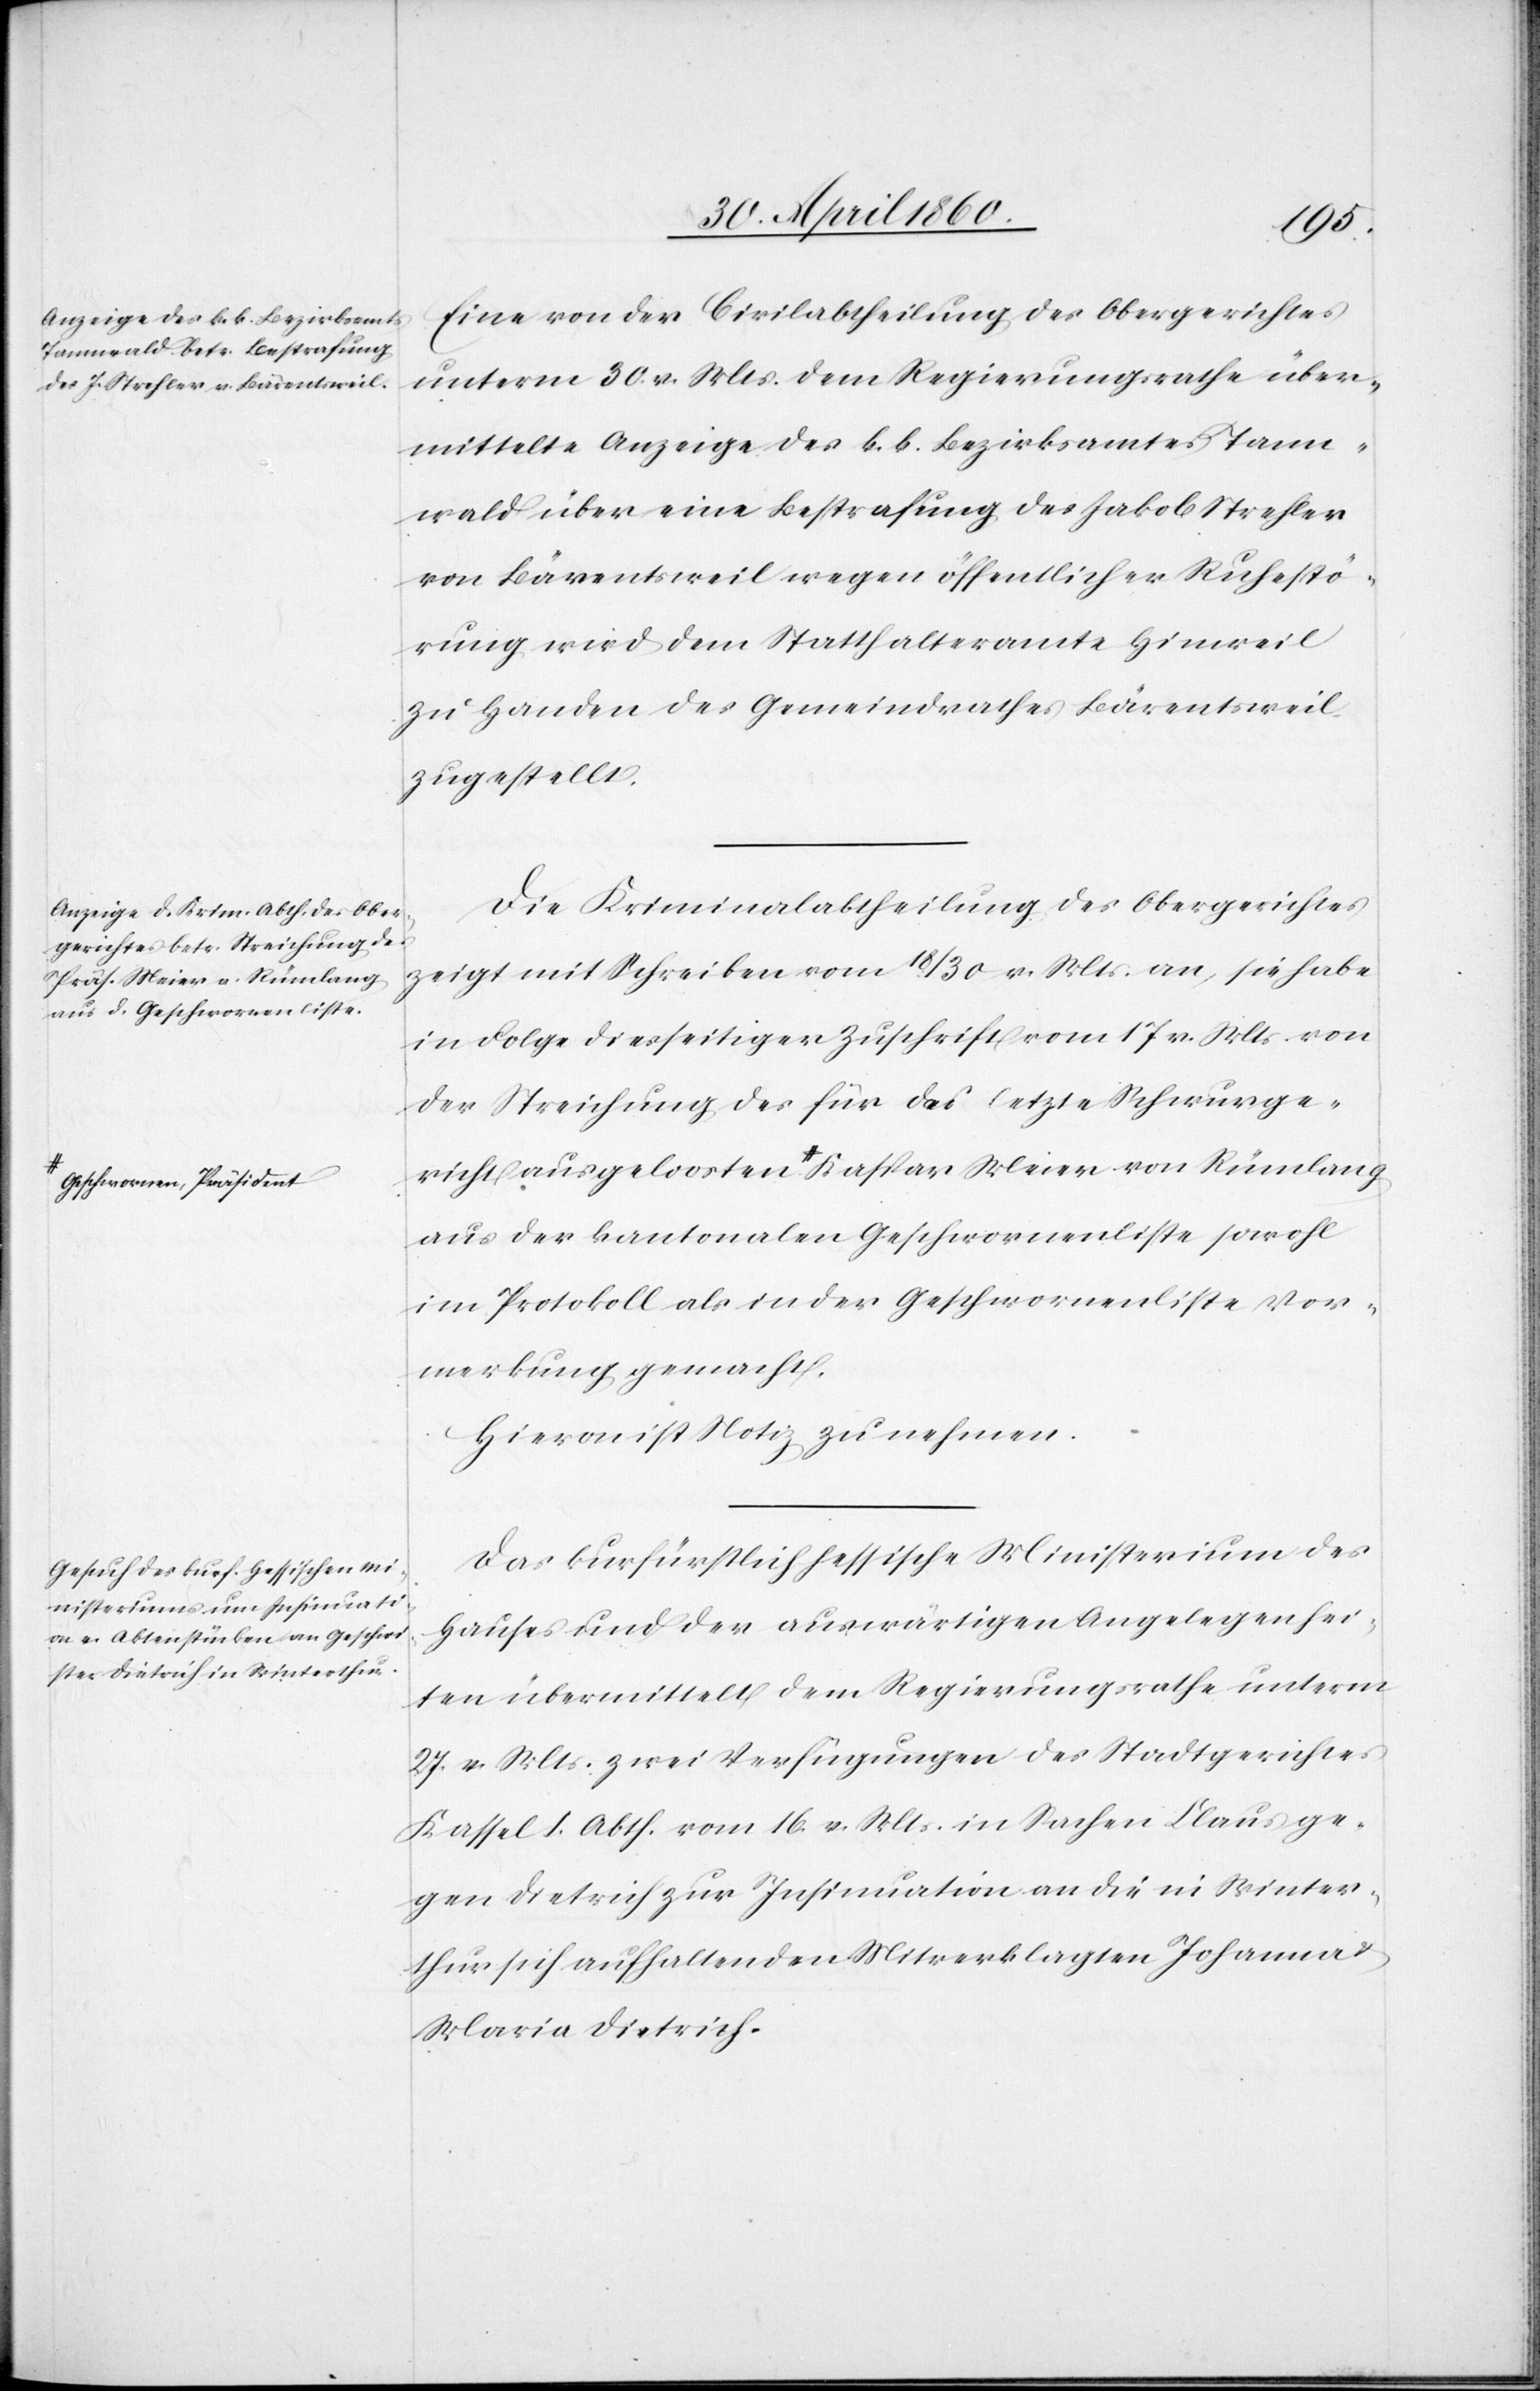
2. Mai 1860.]
Eine von der Civilabtheilung des Obergerichtes
unterm 30. v. Mts. dem Regierungsrathe über¬
mittelte Anzeige des k. k. Bezirksamtes Tann¬
wald über eine Bestrafung des Jakob Strehler
von Bärentsweil wegen öffentlicher Ruhestö¬
rung wird dem Statthalteramte Hinweil
zu Handen des Gemeindrathes Bärentsweil
zugestellt.
Die Kriminalabtheilung des Obergerichtes
zeigt mit Schreiben vom 18/30 v. Mts. an, sie habe
in Folge diesseitiger Zuschrift vom 17. v. Mts. von
der Streichung des für das letzte Schwurge¬
richt ausgeloosten Geschworenen-Präsident Kaspar Meier von Rümlang
aus der kantonalen Geschworenenliste sowohl
im Protokoll als in der Geschworenenliste Vor¬
merkung gemacht.
Hievon ist Notiz zu nehmen.
Das kurfürstlich hessische Ministerium des
Hauses und der auswärtigen Angelegenhei¬
ten übermittelt dem Regierungsrathe unterm
27. v. Mts. zwei Verfügungen des Stadtgerichtes
Kassel I. Abth. vom 16. v. Mts. in Sachen Claus ge¬
gen Dietrich zur Insinuation an die in Winter¬
thur sich aufhaltenden Mitverklagten Johanna
Maria Dietrich.